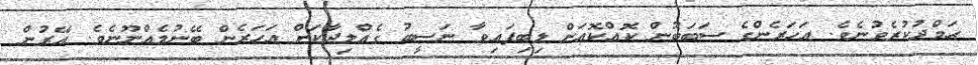
ޙަމްދުކުރެވުނެވެ. އަހަރެންގެ ސަބަބުން ކޮއްކޮއަށް ލިބިފައިވާ ނަސީބު ގެއްލިދާކަށް އަހަރެން ބޭނުމެއްނޫނެވެ. އޭރުން